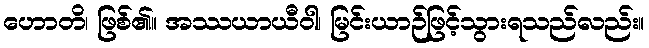
ဟောတိ၊ ဖြစ်၏။ အဿယာယီဝါ၊ မြင်းယာဉ်ဖြင့်သွားရသည်လည်း။